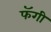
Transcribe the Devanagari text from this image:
फॅगी